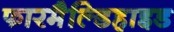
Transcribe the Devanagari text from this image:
फारमैल्डिहाइड